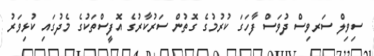
ސިވިލް ސަރވިސް ދުވަސް ފާހަަގަ ކުރުމުގެ ގޮތުން ސަރުކާރުގެ އޮފީސްތަކުގެ މެދުގައި ކުޅިވަރު